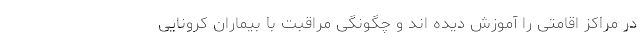
در مراکز اقامتی را آموزش دیده اند و چگونگی مراقبت با بیماران کرونایی